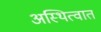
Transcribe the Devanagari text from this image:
अस्थित्वात